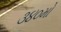
૩૪૦મો